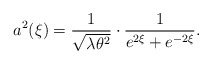
\begin{align*}a^2(\xi) = \frac{1}{\sqrt{\lambda\theta^2}}\cdot\frac{1}{e^{2\xi}+e^{-2\xi}}.\end{align*}